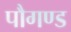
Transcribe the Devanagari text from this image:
पौगण्ड